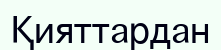
Қияттардан